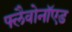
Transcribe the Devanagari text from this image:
फ्लैवोनॉएड